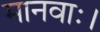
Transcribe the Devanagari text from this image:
मानवाः।